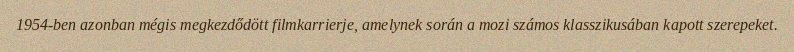
1954-ben azonban mégis megkezdődött filmkarrierje, amelynek során a mozi számos klasszikusában kapott szerepeket.